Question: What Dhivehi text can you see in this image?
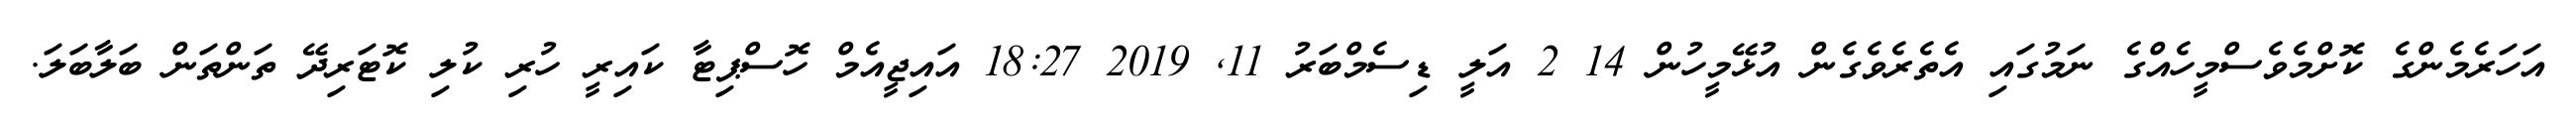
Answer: އަހަރެމެންގެ ކޮށްމެވެސްމީހެއްގެ ނަމުގައި އެތެރެވެގެން އުޅޭމީހުން 14 2 އަލީ ޑިސެމްބަރު 11, 2019 18:27 އައިޖީއެމް ހޮސްޕިޓާ ކައިރީ ހުރި ކުލި ކޮޓަރިދޭ ތަންތަން ބަލާބަލަ.